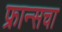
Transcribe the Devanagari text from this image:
फ्रान्‍सचा